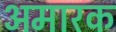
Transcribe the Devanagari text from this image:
अमारक